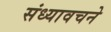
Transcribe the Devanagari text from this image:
संध्यावचने